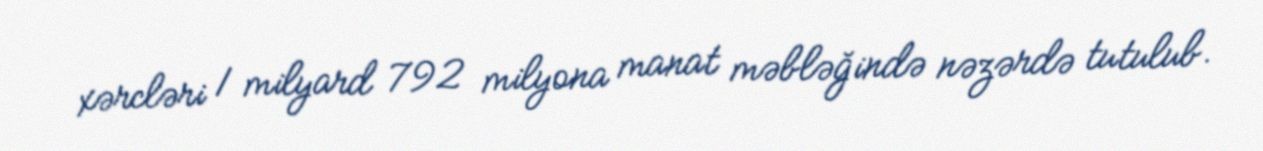
xərcləri 1 milyard 792 milyona manat məbləğində nəzərdə tutulub.